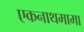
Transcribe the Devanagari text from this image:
एकनाथमामा